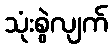
သုံးစွဲလျက်